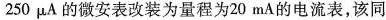
250μA的微安表改装为量程为20mA的电流表，该同